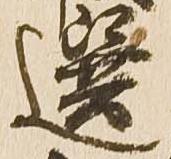
選